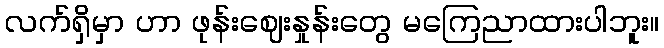
လက်ရှိမှာ ဟာ ဖုန်းဈေးနှုန်းတွေ မကြေညာထားပါဘူး။